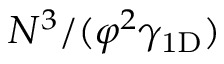
N ^ { 3 } / ( \varphi ^ { 2 } \gamma _ { \mathrm { 1 D } } )